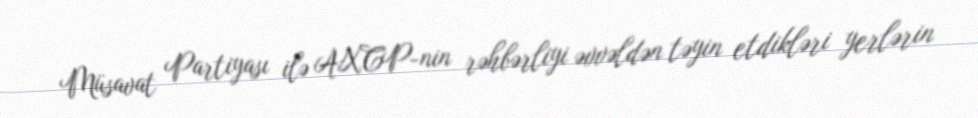
Müsavat Partiyası ilə AXCP-nin rəhbərliyi əvvəldən təyin etdikləri yerlərin